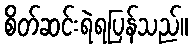
စိတ်ဆင်းရဲရပြန်သည်။